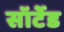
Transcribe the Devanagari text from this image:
सॉर्टेड